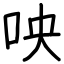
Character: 咉